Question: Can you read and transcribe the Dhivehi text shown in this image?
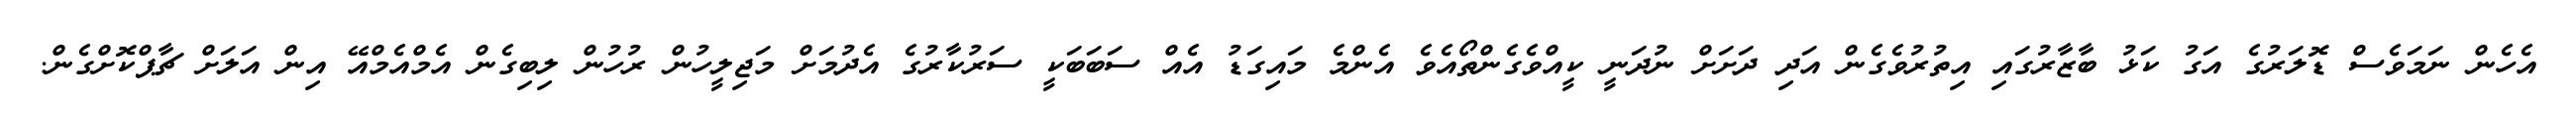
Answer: އެހެން ނަމަވެސް ޑޮލަރުގެ އަގު ކަޅު ބާޒާރުގައި އިތުރުވެގެން އަދި ދަށަށް ނުދަނީ ކީއްވެގެންތޯއެވެ އެންމެ މައިގަޑު އެއް ސަބަބަކީ ސަރުކާރުގެ އެދުމަށް މަޖިލީހުން ރުހުން ލިބިގެން އެމްއެމްއޭ އިން އަލަށް ޗާޕްކޮށްގެން.